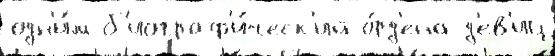
одн'и́м б'иограф'и́ческ'ий о́рд'ена д'ев'иц